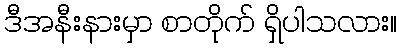
ဒီအနီးနားမှာ စာတိုက် ရှိပါသလား။